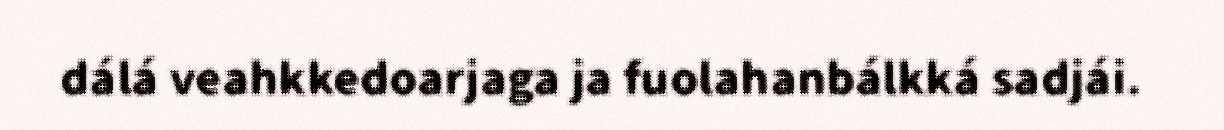
dálá veahkkedoarjaga ja fuolahanbálkká sadjái.